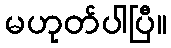
မဟုတ်ပါပြီ။